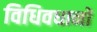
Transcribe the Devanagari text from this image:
विधिवधानों